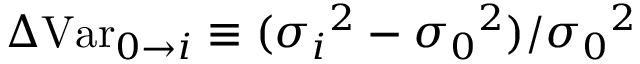
\Delta \mathrm { V a r } _ { 0 \rightarrow i } \equiv ( { \sigma _ { i } } ^ { 2 } - { \sigma _ { 0 } } ^ { 2 } ) / { \sigma _ { 0 } } ^ { 2 }